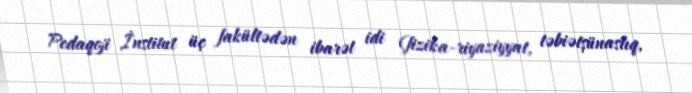
Pedaqoji İnstitut üç fakültədən ibarət idi (fizika-riyaziyyat, təbiətşünaslıq,